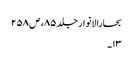
بحارالانوار جلد ۸۵، ص ۲۵۸
۱۳۔